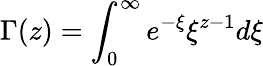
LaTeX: \Gamma(z)=\int_{0}^{\infty}e^{-\xi}\xi^{z-1}d\xi